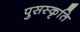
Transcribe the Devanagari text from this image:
पुसस्कृति